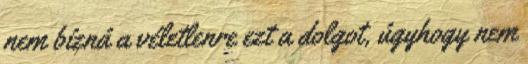
nem bízná a véletlenre ezt a dolgot, úgyhogy nem